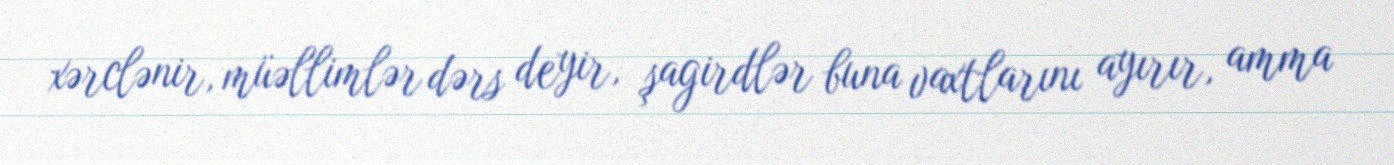
xərclənir, müəllimlər dərs deyir, şagirdlər buna vaxtlarını ayırır, amma